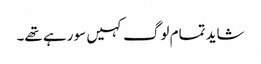
شاید تمام لوگ کہیں سو رہے تھے۔